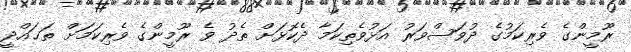
ރޫމީންގެ ވެރިކަމުގެ ދުވަސްވަރު އަޅުވެތިކަމާ ދެކޮޅަށް ތެދު ވެ ރޫމީންގެ ވެރިކަމަށް ތަޙައްދީ